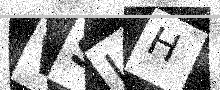
Text: VSLH